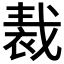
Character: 𧚝